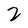
Character: 2